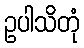
ဥပါသိတုံ